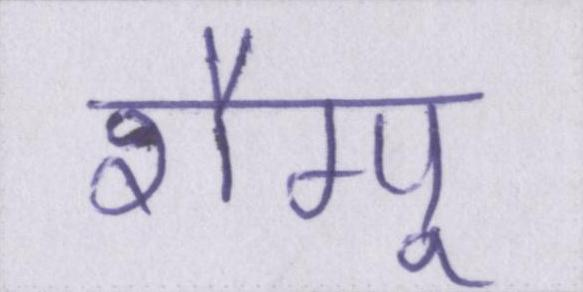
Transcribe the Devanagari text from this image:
शैम्पू